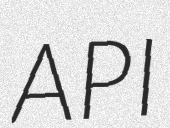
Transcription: API